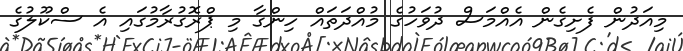
މިއަދުން ފެށިގެން އެއްމަސް ދުވަހުގެ މުއްދަތައް ހިންގާ މި ޕްރޮގުރާމުގައި އެ ސްކޫލުގެ